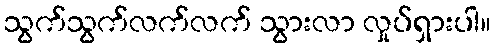
သွက်သွက်လက်လက် သွားလာ လှုပ်ရှားပါ။